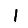
Digit: 1